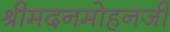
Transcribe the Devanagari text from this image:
श्रीमदनमोहनजी